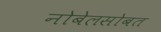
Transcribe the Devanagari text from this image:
नोबेलसोबत